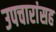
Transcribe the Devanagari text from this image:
उपचारांसह